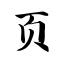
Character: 页